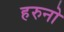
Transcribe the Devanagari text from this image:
हरुनो